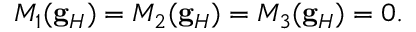
M _ { 1 } ( \mathbf { g } _ { H } ) = M _ { 2 } ( \mathbf { g } _ { H } ) = M _ { 3 } ( \mathbf { g } _ { H } ) = 0 .